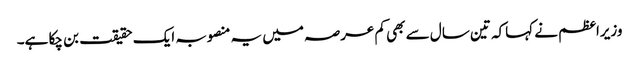
وزیراعظم نے کہاکہ تین سال سے بھی کم عرصہ میں یہ منصوبہ ایک حقیقت بن چکا ہے۔